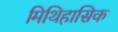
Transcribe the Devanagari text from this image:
मिथिहासिक